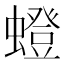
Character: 䗳